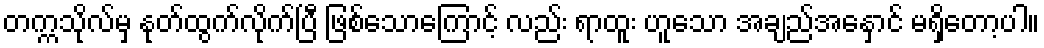
တက္ကသိုလ်မှ နုတ်ထွက်လိုက်ပြီ ဖြစ်သောကြောင့် လည်း ရာထူး ဟူသော အချည်အနှောင် မရှိတော့ပါ။